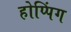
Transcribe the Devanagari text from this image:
होप्पिंग